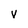
Character: V